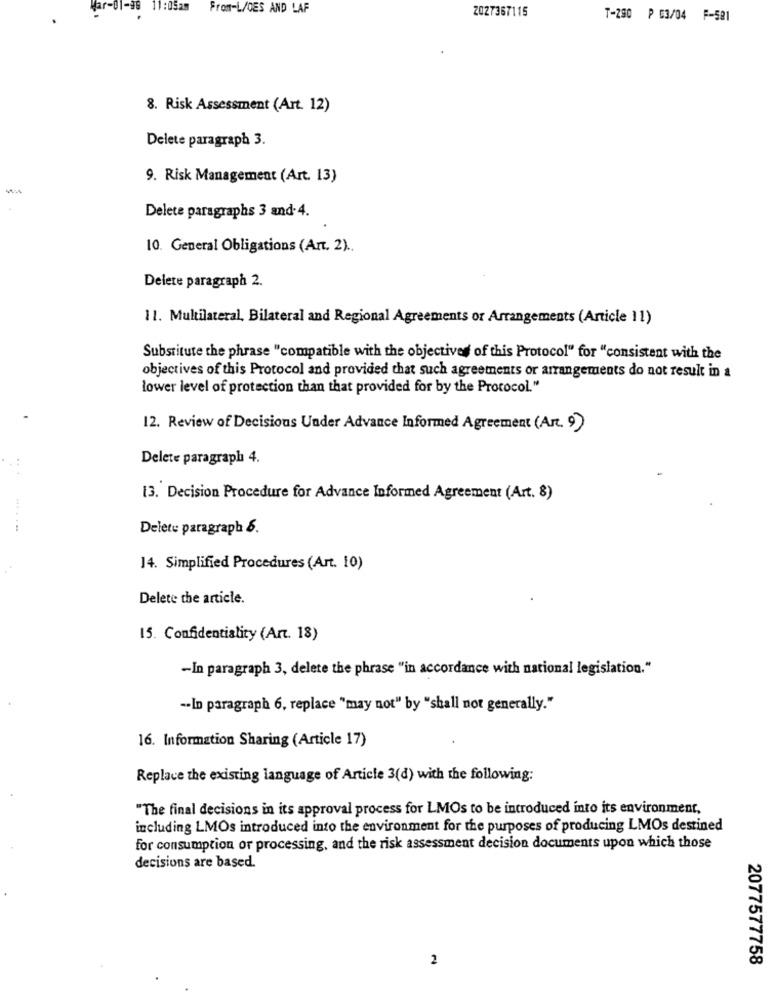
Har-01-38
11:05am From-L/OES AND LAF
2027367115
.
T-280 P G3/04 F-581
8. Risk Assessment (Art. 12)
Delete paragraph 3.
9. Risk Management (Art. 13)
Delete paragraphs 3 and- 4.
10. General Obligations (Art. 2) ..
Delete paragraph 2.
11. Multilateral, Bilateral and Regional Agreements or Arrangements (Article 11)
Substitute the phrase "compatible with the objectives of this Protocol" for "consistent with the
objectives of this Protocol and provided that such agreements or arrangements do not result in a
lower level of protection than that provided for by the Protocol."
12. Review of Decisions Under Advance Informed Agreement (Art. 9)
Delete paragraph 4.
...
13. Decision Procedure for Advance Informed Agreement (Art. 8)
Delete paragraph &.
14. Simplified Procedures (Art. 10)
Delete the article.
15. Confidentiality (Art. 18)
-In paragraph 3, delete the phrase "in accordance with national legislation."
-- In paragraph 6, replace "may not" by "shall not generally."
16. Information Sharing (Article 17)
Replace the existing language of Article 3(d) with the following:
"The final decisions in its approval process for LMOs to be introduced into its environment,
including LMOs introduced into the environment for the purposes of producing LMOs destined
for consumption or processing, and the risk assessment decision documents upon which those
decisions are based.
2
2077577758